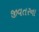
જીવતરના